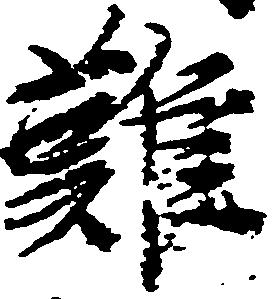
難